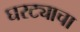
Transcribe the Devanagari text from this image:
घरट्याचा